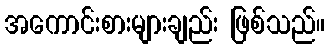
အကောင်းစားများချည်း ဖြစ်သည်။